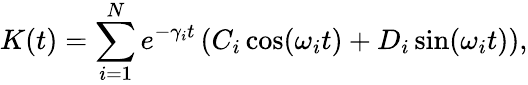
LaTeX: K(t)=\sum_{i=1}^{N}e^{-\gamma_{i}t}\left(C_{i}\cos(\omega_{i}t)+D_{i}\sin(\omega_{i}t)\right),